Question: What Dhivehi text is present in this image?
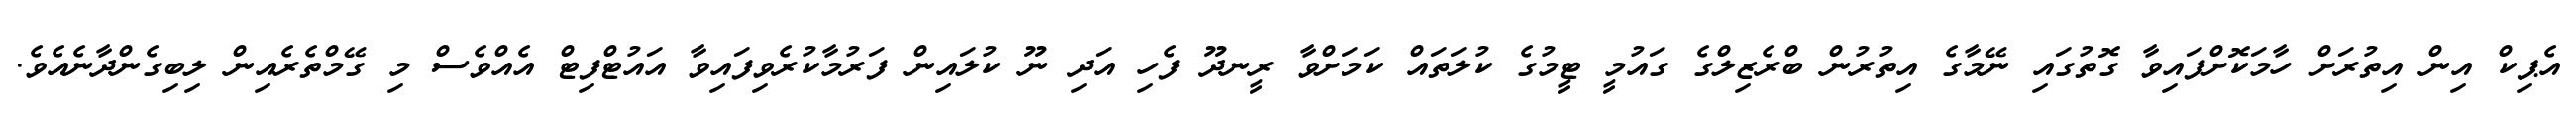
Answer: އެޕިކް އިން އިތުރަށް ހާމަކޮށްފައިވާ ގޮތުގައި ނޭމާގެ އިތުރުން ބްރެޒިލްގެ ގައުމީ ޓީމުގެ ކުލަތައް ކަމަށްވާ ރީނދޫ ފެހި އަދި ނޫ ކުލައިން ފަރުމާކުރެވިފައިވާ އައުޓްފިޓް އެއްވެސް މި ގޭމްތެރެއިން ލިބިގެންދާނެއެވެ.